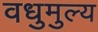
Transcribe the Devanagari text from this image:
वधुमुल्य